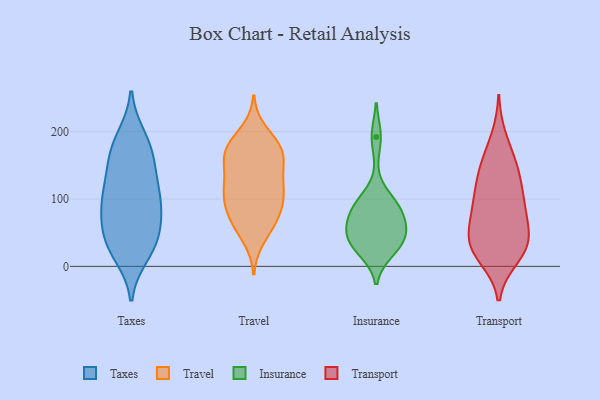
{"axis": {"x": "Energy Usage (MWh)", "y": "Value"}, "legend": ["Insurance", "Taxes", "Transport", "Travel"], "data": [{"x": "", "y": 80, "type": "Taxes"}, {"x": "", "y": 80, "type": "Taxes"}, {"x": "", "y": 168, "type": "Taxes"}, {"x": "", "y": 193, "type": "Taxes"}, {"x": "", "y": 163, "type": "Taxes"}, {"x": "", "y": 69, "type": "Taxes"}, {"x": "", "y": 16, "type": "Taxes"}, {"x": "", "y": 112, "type": "Taxes"}, {"x": "", "y": 42, "type": "Taxes"}, {"x": "", "y": 192, "type": "Taxes"}, {"x": "", "y": 113, "type": "Taxes"}, {"x": "", "y": 148, "type": "Taxes"}, {"x": "", "y": 161, "type": "Taxes"}, {"x": "", "y": 114, "type": "Taxes"}, {"x": "", "y": 87, "type": "Taxes"}, {"x": "", "y": 27, "type": "Taxes"}, {"x": "", "y": 48, "type": "Taxes"}, {"x": "", "y": 21, "type": "Taxes"}, {"x": "", "y": 109, "type": "Taxes"}, {"x": "", "y": 43, "type": "Taxes"}, {"x": "", "y": 172, "type": "Travel"}, {"x": "", "y": 82, "type": "Travel"}, {"x": "", "y": 173, "type": "Travel"}, {"x": "", "y": 157, "type": "Travel"}, {"x": "", "y": 99, "type": "Travel"}, {"x": "", "y": 70, "type": "Travel"}, {"x": "", "y": 119, "type": "Travel"}, {"x": "", "y": 132, "type": "Travel"}, {"x": "", "y": 97, "type": "Travel"}, {"x": "", "y": 64, "type": "Travel"}, {"x": "", "y": 119, "type": "Travel"}, {"x": "", "y": 100, "type": "Travel"}, {"x": "", "y": 174, "type": "Travel"}, {"x": "", "y": 174, "type": "Travel"}, {"x": "", "y": 63, "type": "Travel"}, {"x": "", "y": 120, "type": "Travel"}, {"x": "", "y": 200, "type": "Travel"}, {"x": "", "y": 42, "type": "Travel"}, {"x": "", "y": 175, "type": "Travel"}, {"x": "", "y": 152, "type": "Travel"}, {"x": "", "y": 24, "type": "Insurance"}, {"x": "", "y": 76, "type": "Insurance"}, {"x": "", "y": 99, "type": "Insurance"}, {"x": "", "y": 90, "type": "Insurance"}, {"x": "", "y": 59, "type": "Insurance"}, {"x": "", "y": 34, "type": "Insurance"}, {"x": "", "y": 192, "type": "Insurance"}, {"x": "", "y": 42, "type": "Insurance"}, {"x": "", "y": 35, "type": "Insurance"}, {"x": "", "y": 84, "type": "Insurance"}, {"x": "", "y": 54, "type": "Insurance"}, {"x": "", "y": 112, "type": "Transport"}, {"x": "", "y": 87, "type": "Transport"}, {"x": "", "y": 108, "type": "Transport"}, {"x": "", "y": 91, "type": "Transport"}, {"x": "", "y": 46, "type": "Transport"}, {"x": "", "y": 138, "type": "Transport"}, {"x": "", "y": 69, "type": "Transport"}, {"x": "", "y": 156, "type": "Transport"}, {"x": "", "y": 82, "type": "Transport"}, {"x": "", "y": 22, "type": "Transport"}, {"x": "", "y": 135, "type": "Transport"}, {"x": "", "y": 22, "type": "Transport"}, {"x": "", "y": 50, "type": "Transport"}, {"x": "", "y": 157, "type": "Transport"}, {"x": "", "y": 28, "type": "Transport"}, {"x": "", "y": 43, "type": "Transport"}, {"x": "", "y": 13, "type": "Transport"}, {"x": "", "y": 191, "type": "Transport"}, {"x": "", "y": 28, "type": "Transport"}]}